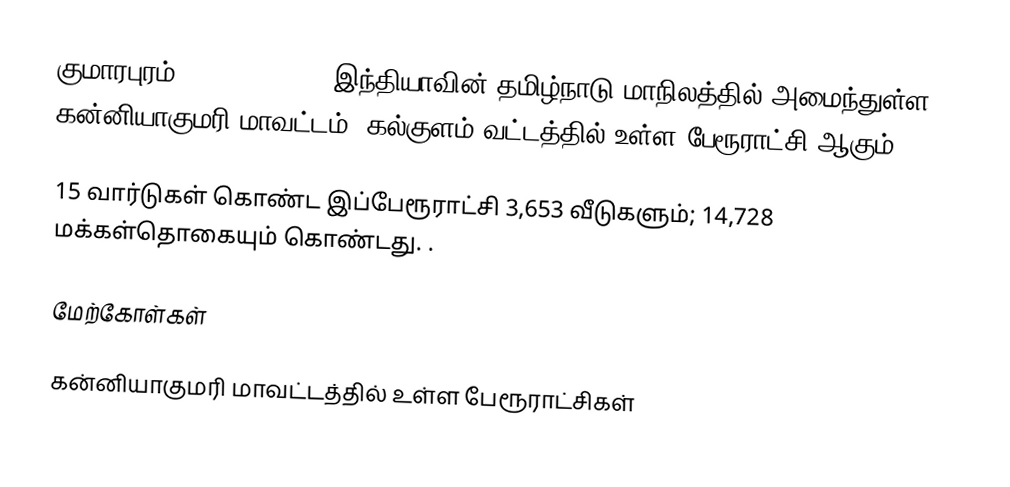
குமாரபுரம் (Kumarapuram), இந்தியாவின் தமிழ்நாடு மாநிலத்தில் அமைந்துள்ள கன்னியாகுமரி மாவட்டம், கல்குளம் வட்டத்தில் உள்ள பேரூராட்சி ஆகும்.

15 வார்டுகள் கொண்ட இப்பேரூராட்சி 3,653 வீடுகளும்; 14,728 மக்கள்தொகையும் கொண்டது. .

மேற்கோள்கள்

கன்னியாகுமரி மாவட்டத்தில் உள்ள பேரூராட்சிகள்